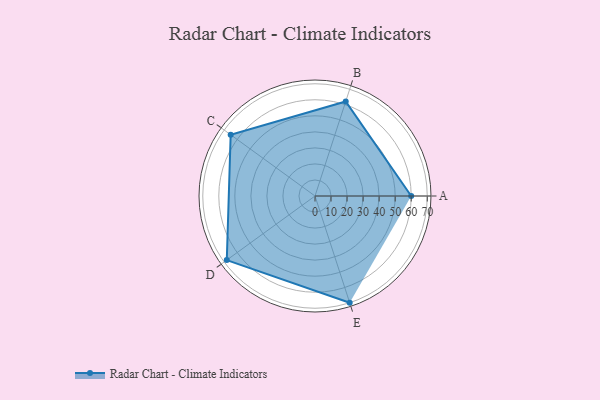
{"axis": {"x": "Skill", "y": "Score"}, "legend": ["Profile"], "data": [{"x": "A", "y": 60.0, "type": "Profile"}, {"x": "B", "y": 62.0, "type": "Profile"}, {"x": "C", "y": 65.0, "type": "Profile"}, {"x": "D", "y": 68.0, "type": "Profile"}, {"x": "E", "y": 70.0, "type": "Profile"}]}